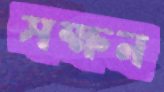
সক্ষন